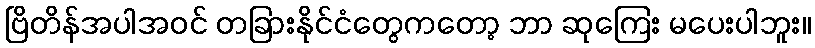
ဗြိတိန်အပါအဝင် တခြားနိုင်ငံတွေကတော့ ဘာ ဆုကြေး မပေးပါဘူး။